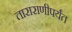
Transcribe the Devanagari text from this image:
ताराराणीपर्यंत